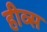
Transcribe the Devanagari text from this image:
हीव्स